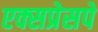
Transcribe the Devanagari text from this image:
एक्सप्रेसपे